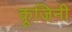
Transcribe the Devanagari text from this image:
कूजिनी